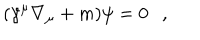
LaTeX: ( \gamma ^ { \mu } \nabla _ { \mu } + m ) \psi = 0 ,